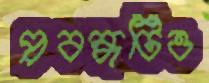
প্রবন্ধটিও